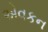
એવકન